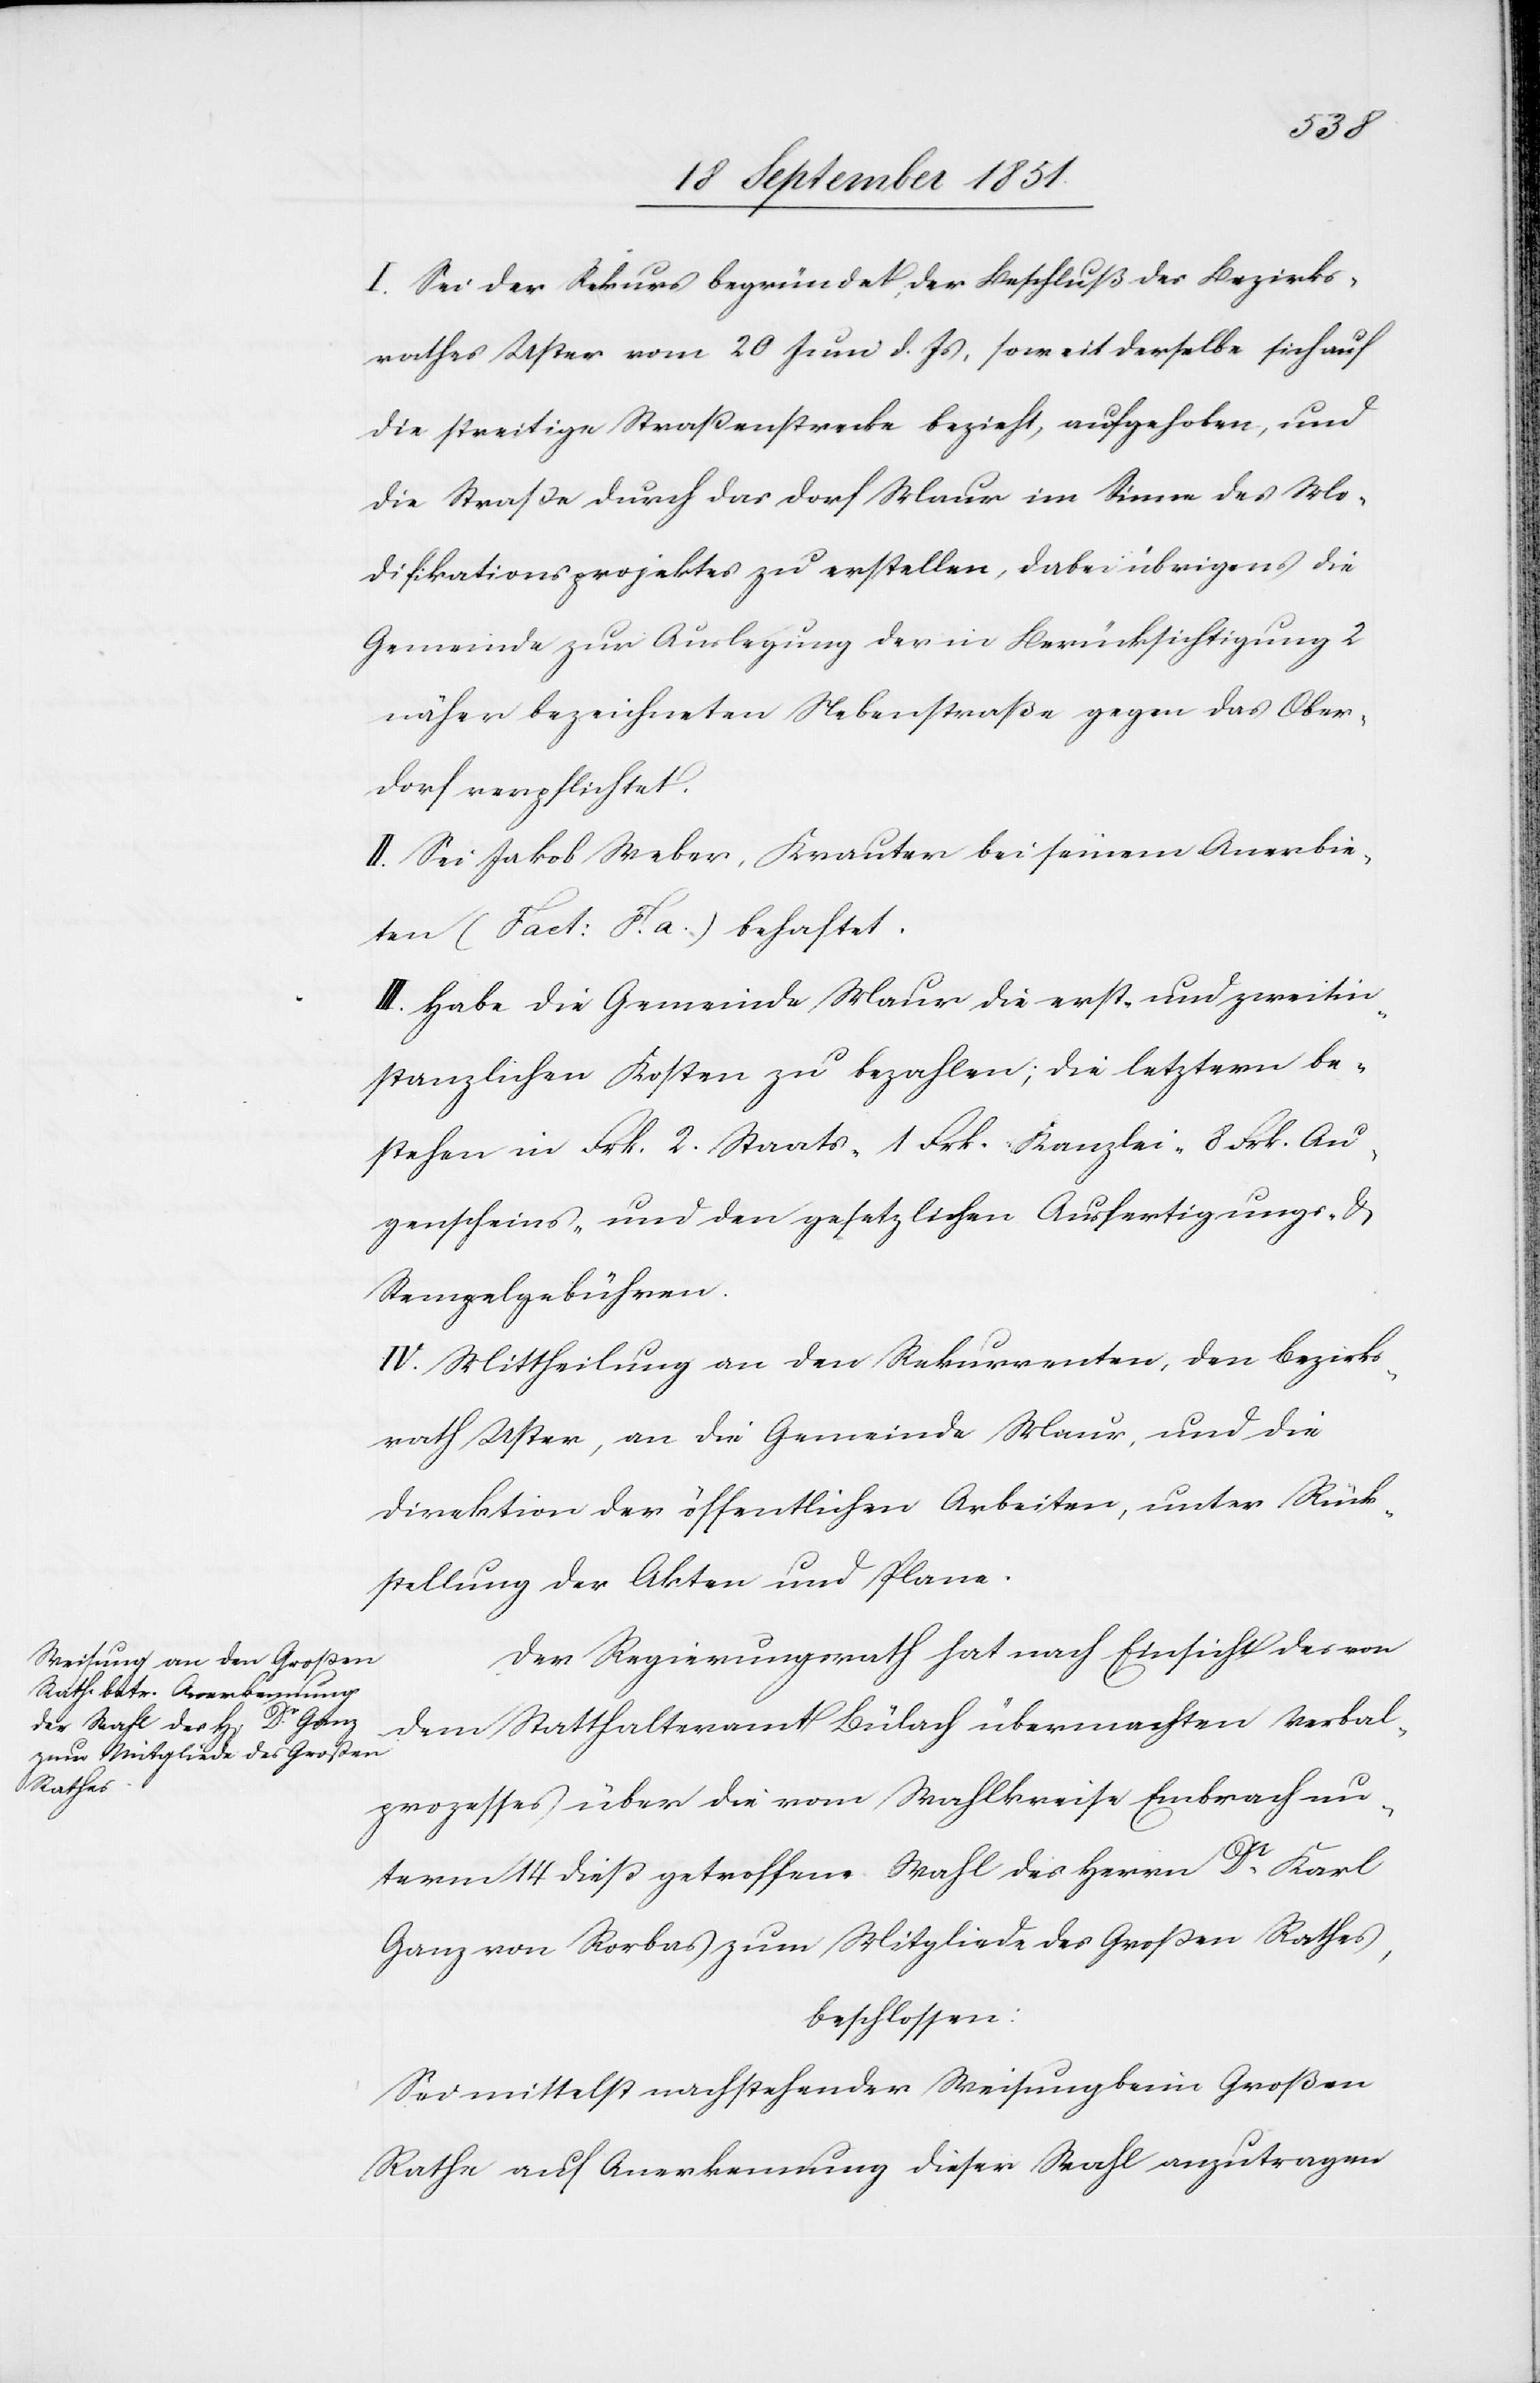
I. Sei der Rekurs begründet, der Beschluß des Bezirks¬
rathes Uster vom 20 Juni d. Js, soweit derselbe sich auf
die streitige Straßenstrecke bezieht, aufgehoben, und
die Straße durch das Dorf Maur im Sinne des Mo¬
difikationsprojektes zu erstellen, dabei übrigens die
Gemeinde zur Auslegung der in Berücksichtigung 2
näher bezeichneten Nebenstraße gegen das Ober¬
dorf verpflichtet.
II. Sei Jakob Weber, Krauter bei seinem Anerbie¬
ten (Fact: F. a.) behaftet.
III. Habe die Gemeinde Maur die erst- und zweitin¬
stanzlichen Kosten zu bezahlen; die letztern be¬
stehen in Frk. 2. Staats-[,] 1 Frk. Kanzlei-[,] 8 Frk. Au¬
genscheins- und den gesetzlichen Ausfertigungs- &
Stempelgebühren.
IV. Mittheilung an den Rekurrenten, den Bezirks¬
rath Uster, an die Gemeinde Maur, und die
Direktion der öffentlichen Arbeiten, unter Rück¬
stellung der Akten und Plane.
Der Regierungsrath hat nach Einsicht des von
dem Statthalteramt Bülach übermachten Verbal¬
prozesses über die vom Wahlkreise Embrach un¬
term 14 dieß getroffene Wahl des Herrn Dr. Karl
Ganz von Rorbas zum Mitgliede des Großen Rathes,
beschlossen:
Sei mittelst nachstehender Weisung beim Großen
Rathe auf Anerkennung dieser Wahl anzutragen